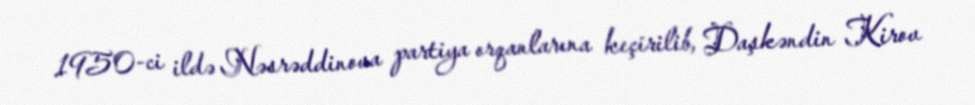
1950-ci ildə Nəsrəddinova partiya orqanlarına keçirilib, Daşkəndin Kirov